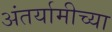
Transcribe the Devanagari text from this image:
अंतर्यामीच्या